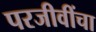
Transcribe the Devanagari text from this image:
परजीवींचा